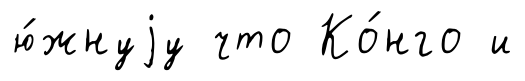
ю́жнуjу что Ко́нго и